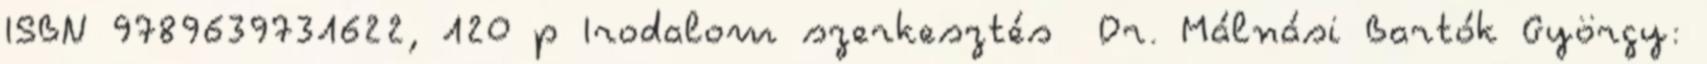
ISBN 9789639731622, 120 p Irodalom szerkesztés Dr. Málnási Bartók György: